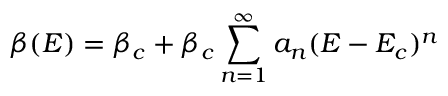
\beta ( E ) = \beta _ { c } + \beta _ { c } \sum _ { n = 1 } ^ { \infty } a _ { n } ( E - E _ { c } ) ^ { n }